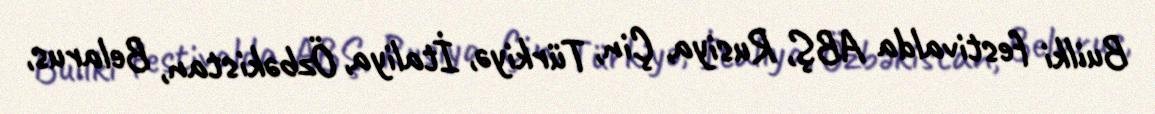
Builki festivalda ABŞ, Rusiya, Çin, Türkiyə, İtaliya, Özbəkistan, Belarus,